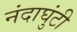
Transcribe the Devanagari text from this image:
नंदाघुंटी